Indian journal of veterinary science and animal husbandry - Volumes 18-21, 1948-1951
Year: 1948
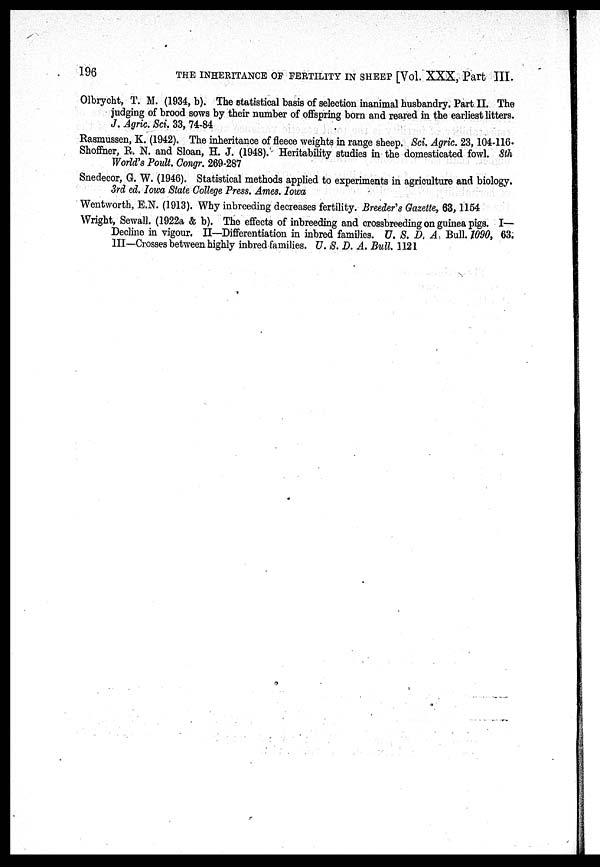
196
THE INHERITANCE OF FERTILITY IN SHEEP [Vol. XXX, Part III.
Olbrycht, T. M. (1934, b). The statistical basis of selection inanimal husbandry. Part II. The
judging of brood sows by their number of offspring born and reared in the earliest litters.
J. Agric. Sci. 33, 74-84
Rasmussen, K. (1942). The inheritance of fleece weights in range sheep. Sci. Agric. 23, 104-116.
Shoffner, R. N. and Sloan, H. J. (1948). Heritability studies in the domesticated fowl. 8th
World's Poult. Congr. 269-287
Snedecor, G. W. (1946). Statistical methods applied to experiments in agriculture and biology.
3rd ed. Iowa State College Press. Ames. Iowa
Wentworth, E.N. (1913). Why inbreeding decreases fertility. Breeder's Gazette, 63, 1164
Wright, Sewall. (1922a & b). The effects of inbreeding and crossbreeding on guinea pigs. I—
Decline in vigour. II—Differentiation in inbred families. U. S. D. A Bull. 1090, 63.
III—Crosses between highly inbred families. U. S. D. A. Bull. 1121